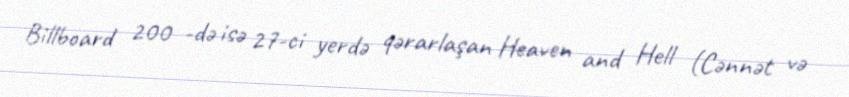
Billboard 200 -də isə 27-ci yerdə qərarlaşan Heaven and Hell (Cənnət və